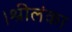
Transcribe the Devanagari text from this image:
।श्रीलंका